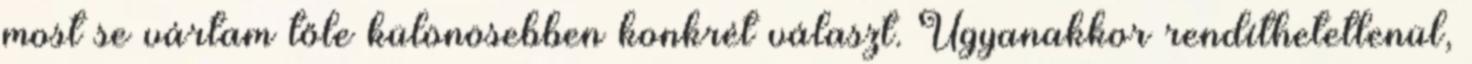
most se vártam tőle különösebben konkrét választ. Ugyanakkor rendíthetetlenül,